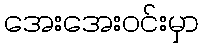
အေးအေးဝင်းမှာ